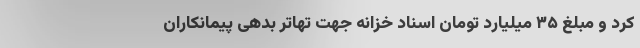
کرد و مبلغ ۳۵ میلیارد تومان اسناد خزانه جهت تهاتر بدهی پیمانکاران